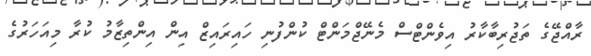
ރާއްޖޭގެ ތަޖުރިބާކާރު އިވެންޓްސް މެނޭޖްމަންޓް ކުންފުނި ހައިރައިޒް އިން އިންތިޒާމު ކުރާ މިއަހަރުގެ